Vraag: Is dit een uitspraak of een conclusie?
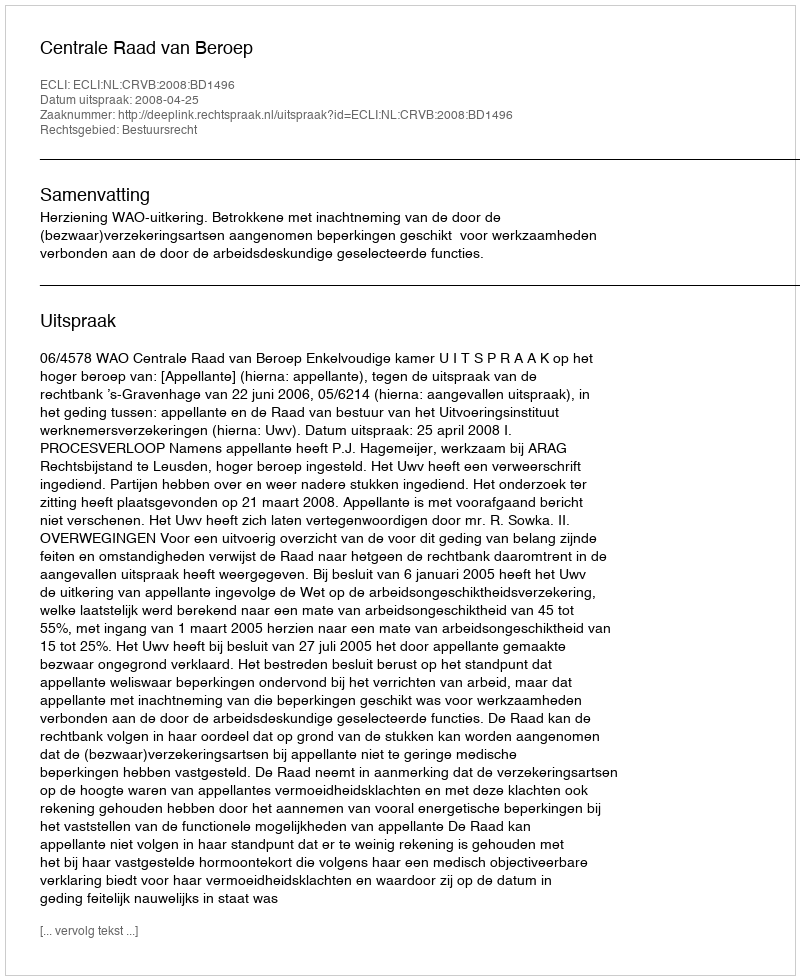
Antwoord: Uitspraak